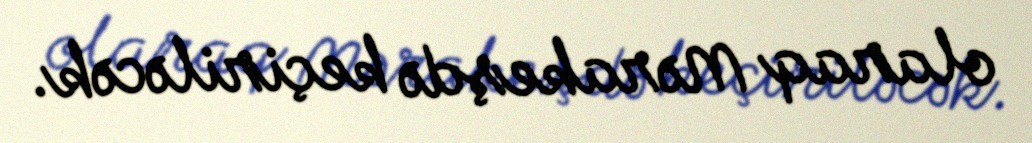
olaraq Mərakeşdə keçiriləcək.